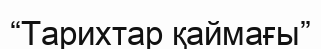
“Тарихтар қаймағы”